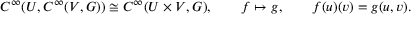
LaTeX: C ^ { \infty } ( U , C ^ { \infty } ( V , G ) ) \cong C ^ { \infty } ( U \times V , G ) , \qquad f \mapsto g , \qquad f ( u ) ( v ) = g ( u , v ) .